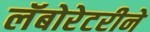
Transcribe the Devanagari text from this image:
लॅबोरेटरीने